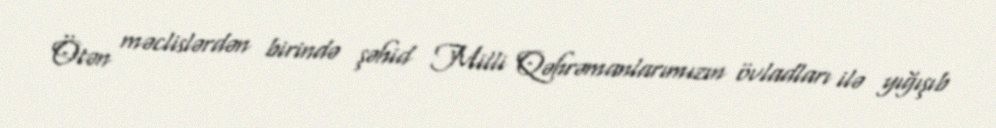
Ötən məclislərdən birində şəhid Milli Qəhrəmanlarımızın övladları ilə yığışıb